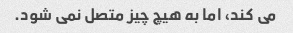
می کند، اما به هیچ چیز متصل نمی شود.